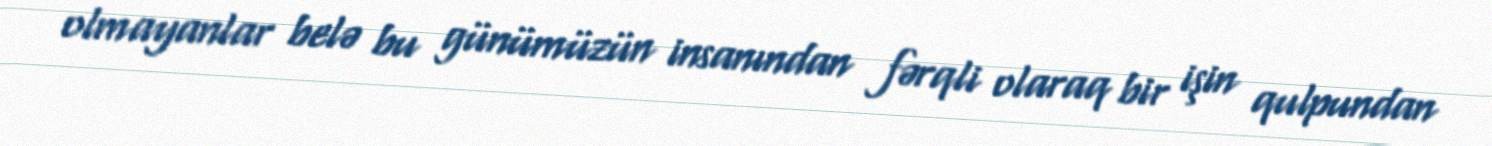
olmayanlar belə bu günümüzün insanından fərqli olaraq bir işin qulpundan